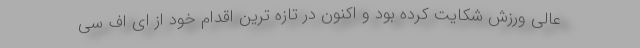
عالی ورزش شکایت کرده بود و اکنون در تازه ترین اقدام خود از ای اف سی